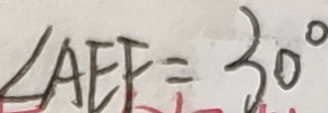
\angle A E F = 3 0 ^ { \circ }